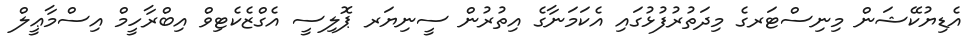
އެޑިޔުކޭޝަން މިނިސްޓަރގެ މިދަތުރުފުޅުގައި އެކަމަނާގެ އިތުރުން ސީނިޔަރ ޕޮލިސީ އެގްޒެކެޓިވް އިބްރާހީމް އިސްމާޢީލް